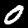
Label: 0